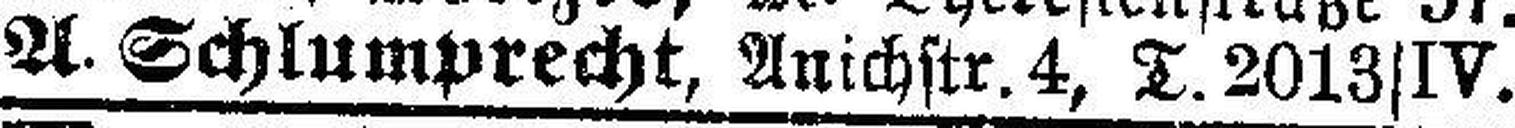
A. Schlumprecht, Anichstr. 4, T, 2013|IV.